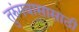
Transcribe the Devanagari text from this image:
तुरुंगवासासाठी